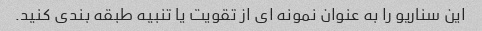
این سناریو را به عنوان نمونه ای از تقویت یا تنبیه طبقه بندی کنید.